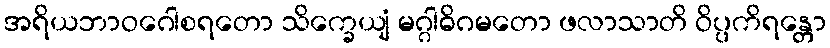
အရိယဘာဝဂေါစရတော သိက္ခေယျံ မဂ္ဂါဓိဂမတော ဖလာသာတိ ဝိပ္ပကိရန္တော